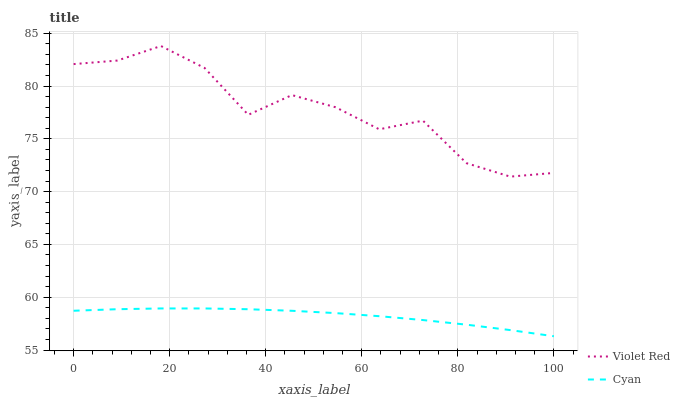
| xaxis_label | Violet Red | Cyan |
 | --- | --- | --- |
 | 0 | 82.1 | 58.7 |
 | 9.09 | 82.4 | 58.9 |
 | 18.2 | 83.8 | 58.9 |
 | 27.3 | 81.7 | 58.9 |
 | 36.4 | 77.3 | 58.9 |
 | 45.5 | 79.1 | 58.7 |
 | 54.5 | 78 | 58.5 |
 | 63.6 | 75.9 | 58.2 |
 | 72.7 | 76.7 | 57.8 |
 | 81.8 | 72.7 | 57.4 |
 | 90.9 | 71.4 | 56.9 |
 | 100 | 71.8 | 56.3 |